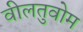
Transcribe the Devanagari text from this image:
वीलतुवोम